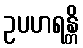
ဥပဟရန္တိ